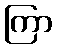
ကြာ